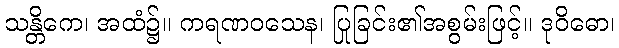
သန္တိကေ၊ အထံ၌။ ကရဏဝသေန၊ ပြုခြင်း၏အစွမ်းဖြင့်။ ဒုဝိဓော၊